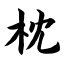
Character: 枕